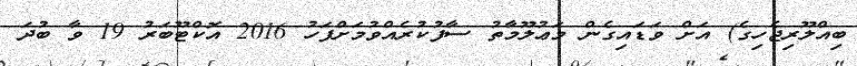
ބިއްލޫރިޖެހިގެ) އަށް ވަޑައިގެން މަޢުލޫމާތު ސާފުކުރެއްވުމަށްފަހު 2016 އޮކްޓޫބަރު 19 ވާ ބުދަ